Scientific memoirs by medical officers of the Army of India - Part III,
Year: 1887
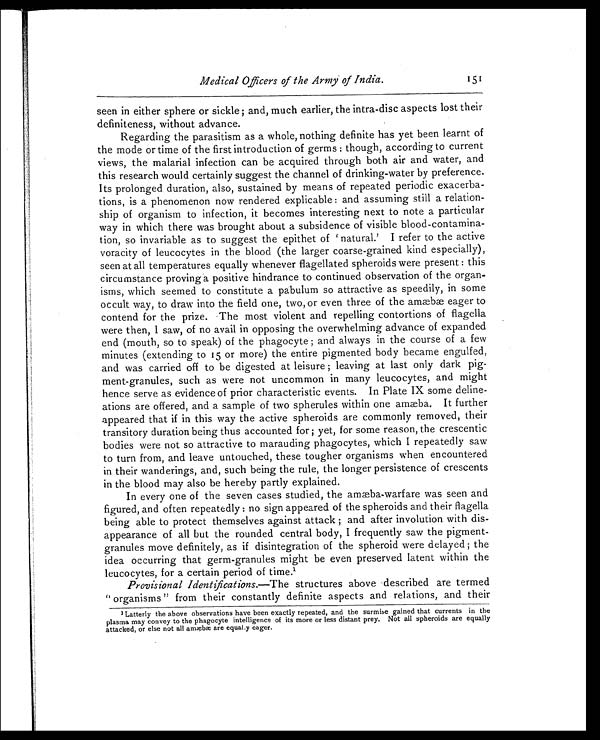
Medical Officers of the Army of India.
151
seen in either sphere or sickle ; and, much earlier, the intra-disc aspects lost their
definiteness, without advance.
Regarding the parasitism as a whole, nothing definite has yet been learnt of
the mode or time of the first introduction of germs : though, according to current
views, the malarial infection can be acquired through both air and water, and
this research would certainly suggest the channel of drinking-water by preference.
Its prolonged duration, also, sustained by means of repeated periodic exacerba-
tions, is a phenomenon now rendered explicable : and assuming still a relation-
ship of organism to infection, it becomes interesting next to note a particular
way in which there was brought about a subsidence of visible blood-contamina-
tion, so invariable as to suggest the epithet of ‘natural.’ I refer to the active
voracity of leucocytes in the blood (the larger coarse-grained kind especially),
seen at all temperatures equally whenever flagellated spheroids were present : this
circumstance proving a positive hindrance to continued observation of the organ-
isms, which seemed to constitute a pabulum so attractive as speedily, in some
occult way, to draw into the field one, two, or even three of the amæbæ eager to
contend for the prize. The most violent and repelling contortions of flagella
were then, I saw, of no avail in opposing the overwhelming advance of expanded
end (mouth, so to speak) of the phagocyte ; and always in the course of a few
minutes (extending to 15 or more) the entire pigmented body became engulfed,
and was carried off to be digested at leisure ; leaving at last only dark pig-
ment-granules, such as were not uncommon in many leucocytes, and might
hence serve as evidence of prior characteristic events. In Plate IX some deline-
ations are offered, and a sample of two spherules within one amæba. It further
appeared that if in this way the active spheroids are commonly removed, their
transitory duration being thus accounted for ; yet, for some reason, the crescentic
bodies were not so attractive to marauding phagocytes, which I repeatedly saw
to turn from, and leave untouched, these tougher organisms when encountered
in their wanderings, and, such being the rule, the longer persistence of crescents
in the blood may also be hereby partly explained.
In every one of the seven cases studied, the amæba-warfare was seen and
figured, and often repeatedly : no sign appeared of the spheroids and their flagella
being able to protect themselves against attack ; and after involution with dis-
appearance of all but the rounded central body, I frequently saw the pigment-
granules move definitely, as if disintegration of the spheroid were delayed ; the
idea occurring that germ-granules might be even preserved latent within the
leucocytes, for a certain period of time.1
Provisional Identifications.— T h e
s t r u c t u r e s a b o v e d e s c r i b e d a r e t e r m e d
“organisms” from their constantly definite aspects and relations, and their
1 Latterly the above observations have been exactly repeated, and the surmise gained that currents in the
plasma may convey to the phagocyte intelligence of its more or less distant prey. Not all spheroids are equally
attacked, or else not all amæbæ are equally eager.